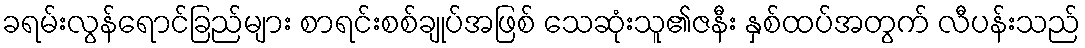
ခရမ်းလွန်ရောင်ခြည်များ စာရင်းစစ်ချုပ်အဖြစ် သေဆုံးသူ၏ဇနီး နှစ်ထပ်အတွက် လီပန်းသည်